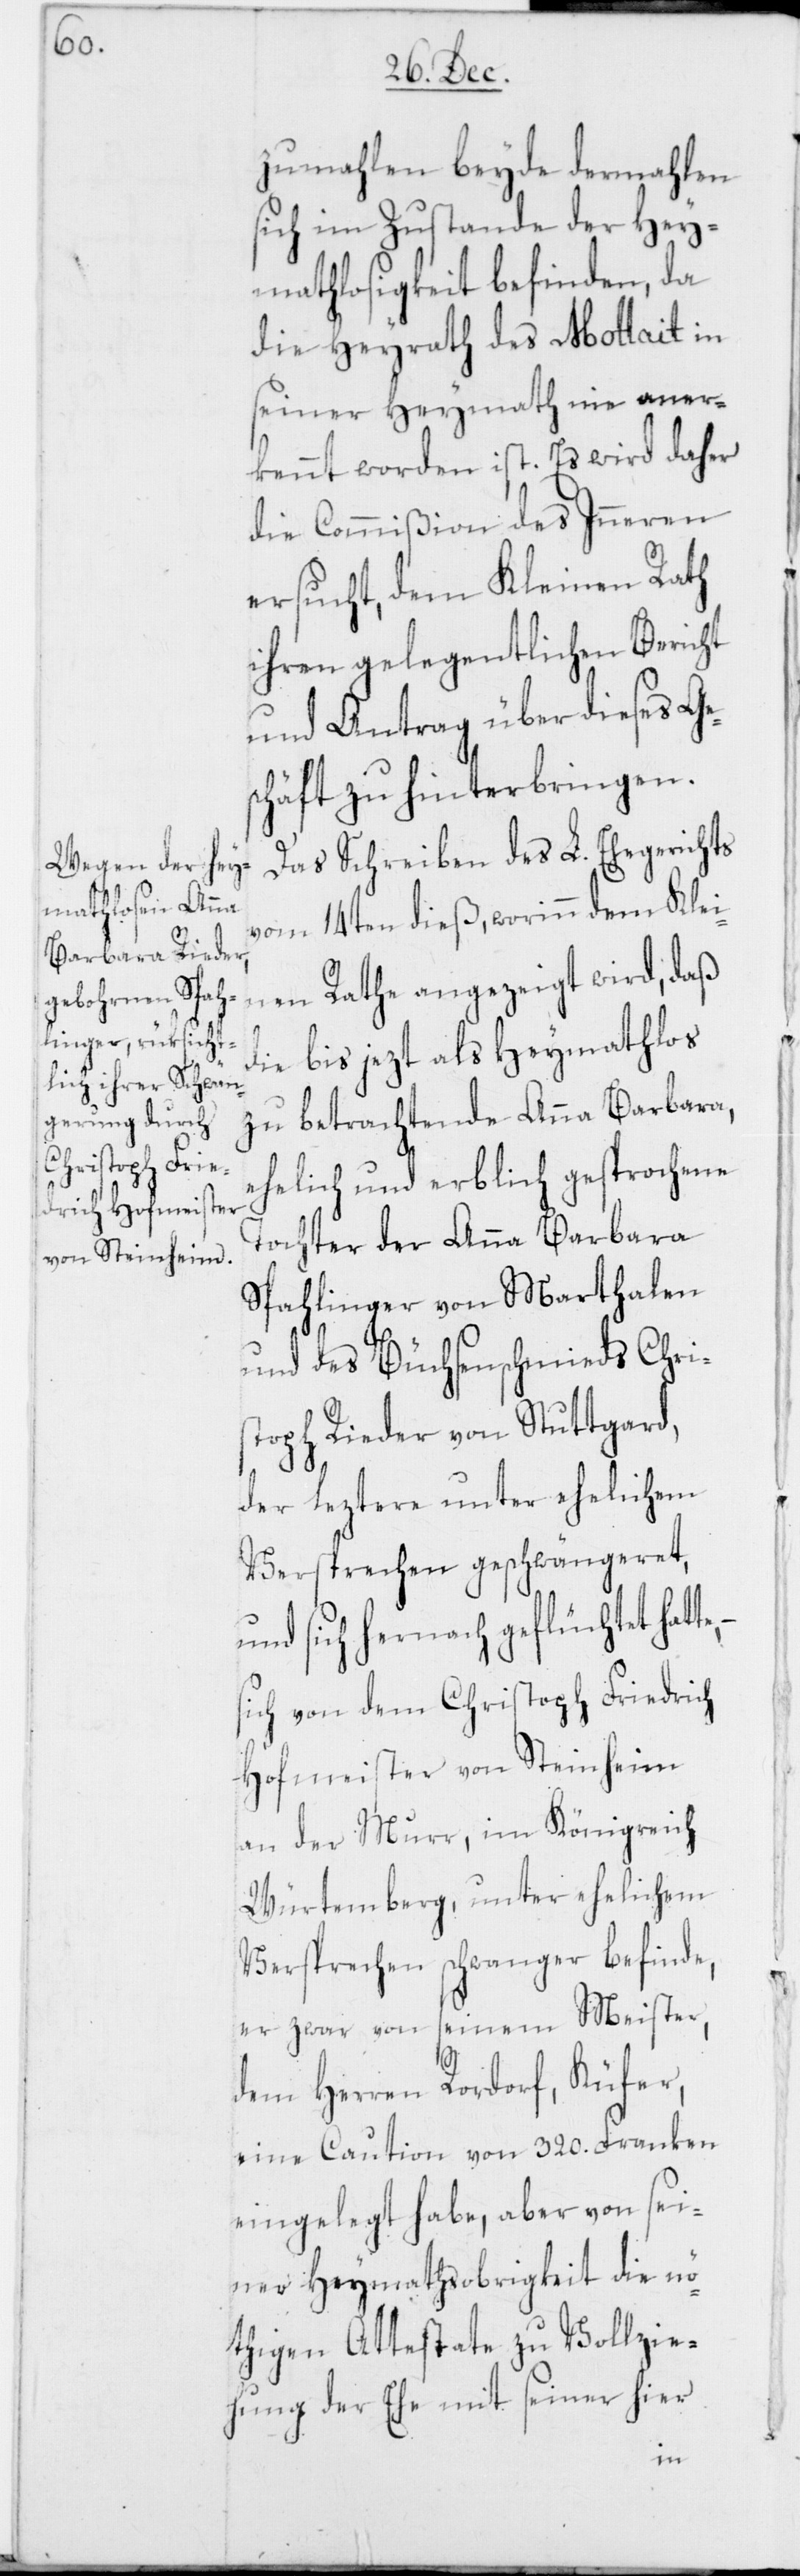
zumahlen beyde dermahlen
sich im Zustande der Hey¬
mathlosigkeit befinden, da
die Heyrath des Mottait in
seiner Heymath nie aner¬
kennt worden ist. Es wird daher
die Commißion des Inneren
ersucht, dem Kleinen Rath
ihren gelegentlichen Bericht
und Antrag über dieses Ge¬
schäft zu hinterbringen.
Das Schreiben des L. Ehegerichts
vom 14ten dieß, worinn dem Klei¬
nen Rathe angezeigt wird, daß
die bis jezt als Heymathlos
zu betrachtende Anna Barbara,
ehelich und erblich gesprochene
Tochter der Anna Barbara
Spahlinger von Marthalen
und des Büchsenschmieds Chri¬
stoph Rieder von Stuttgard,
der leztere unter ehelichem
Versprechen geschwängeret,
und sich hernach geflüchtet hatte,
sich von dem Christoph Friedrich
Hofmeister von Steinheim
an der Murr, im Königreich
Würtemberg, unter ehelichem
Versprechen schwanger befinde,
er zwar von seinem Meister,
dem Herren Rordorf, Küfer,
eine Caution von 320. Franken
eingelegt habe, aber von sei¬
ner Heymathsobrigkeit die nö¬
thigen Attestate zu Vollzie¬
hung der Ehe mit seiner hier